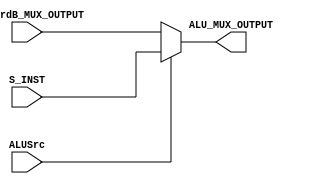
module ALU_MUX
(	
	input	[31:0] 	ForwardB_MUX_OUTPUT	,
	input	[31:0] 	S_INST			    ,
	input		 	ALUSrc			    ,

	output	[31:0]	ALU_MUX_OUTPUT
);
    
    reg [31:0] ALU_MUX_OUTPUT_r;
	always @ (*) 
	begin
		if 	(ALUSrc) 	ALU_MUX_OUTPUT_r = S_INST;	
		else 			ALU_MUX_OUTPUT_r = ForwardB_MUX_OUTPUT;
	end
	
	assign ALU_MUX_OUTPUT = ALU_MUX_OUTPUT_r;

endmodule